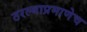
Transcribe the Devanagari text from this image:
ठरल्याप्रमाणेच